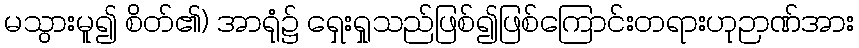
မသွားမူ၍ စိတ်၏) အာရုံ၌ ရှေးရှုသည်ဖြစ်၍ဖြစ်ကြောင်းတရားဟုဉာဏ်အား